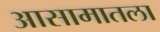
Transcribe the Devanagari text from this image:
आसामातला